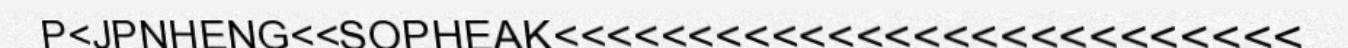
P<JPNHENG<<SOPHEAK<<<<<<<<<<<<<<<<<<<<<<<<<<